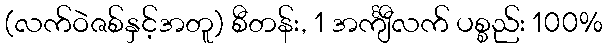
(လက်ဝဲဇစ်နှင့်အတူ) စီတန်း, 1 အင်္ကျီလက် ပစ္စည်း 100%